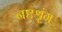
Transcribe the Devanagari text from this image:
नष्टश्रृंग